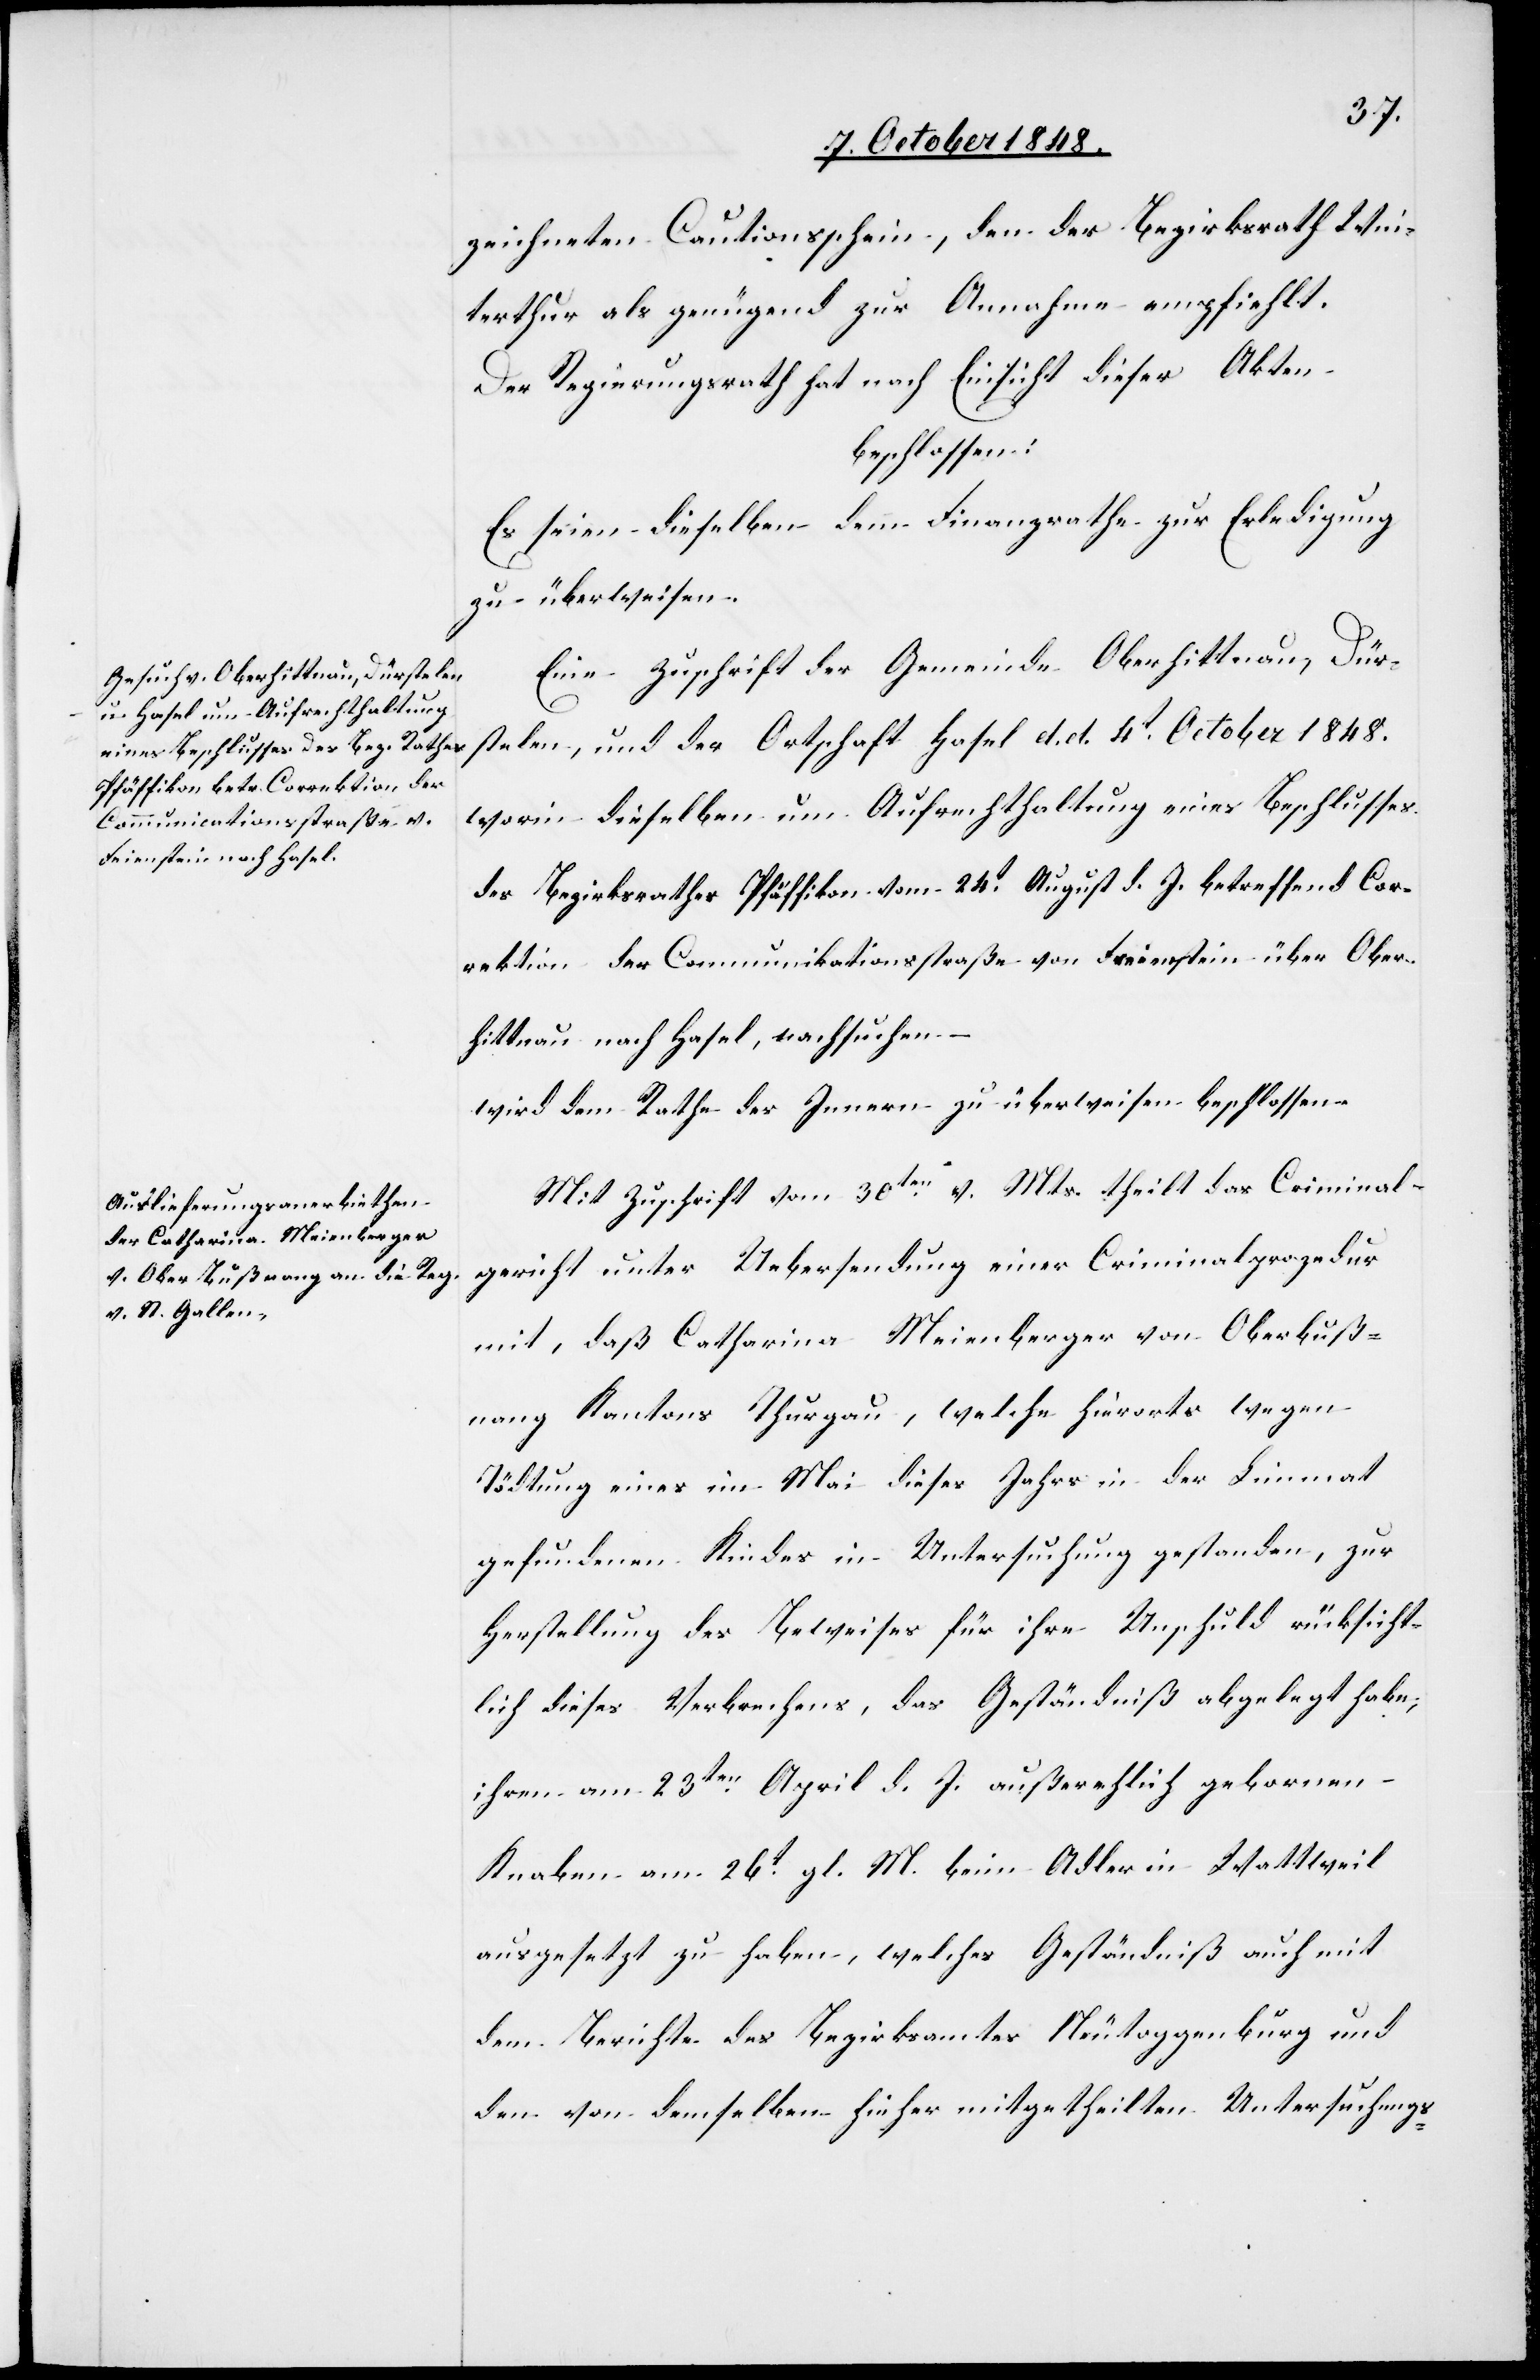
zeichneten Cautionsschein, den der Bezirksrath Win¬
terthur als genügend zur Annahme empfiehlt.
Der Regierungsrath hat nach Einsicht dieser Akten
beschlossen:
Es seien dieselben dem Finanzrathe zur Erledigung
zu überweisen.
Eine Zuschrift der Gemeinde Oberhittnau, Dür¬
stelen, und der Ortschaft Hasel d. d. 4t. October 1848.
worin dieselben um Aufrechthaltung eines Beschlusses
des Bezirksrathes Pfäffikon vom 24t. August d. J. betreffend Cor¬
rektion der Communikationsstraße von Freienstein über Ober¬
hittnau nach Hasel, nachsuchen
wird dem Rathe des Innern zu überweisen beschlossen.
Mit Zuschrift vom 30ten v. Mts. theilt das Criminal¬
gericht unter Uebersendung einer Criminalprozedur
mit, daß Catharina Meienberger von Oberbuß¬
nang Kantons Thurgau, welche hierorts wegen
Tödtung eines im Mai dieses Jahrs in der Limmat
gefundenen Kindes in Untersuchung gestanden, zur
Herstellung des Beweises für ihre Unschuld rücksicht¬
lich dieses Verbrechens, das Geständniß abgelegt habe,
ihren am 23ten April d. J. außerehlich gebornen
Knaben am 26t gl. Mts. beim Adler in Wattweil
ausgesetzt zu haben, welches Geständniß auch mit
dem Berichte des Bezirksamtes Neutoggenburg und
den von demselben hieher mitgetheilten Untersuchungs-